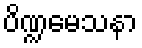
ပိဏ္ဍမေသနာ